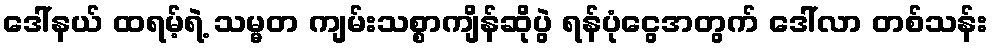
ဒေါ်နယ် ထရမ့်ရဲ့ သမ္မတ ကျမ်းသစ္စာကျိန်ဆိုပွဲ ရန်ပုံငွေအတွက် ဒေါ်လာ တစ်သန်း